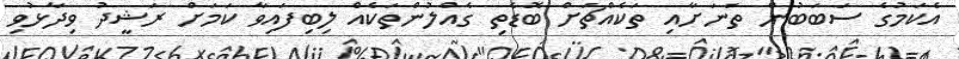
އެކަމުގެ ސަބަބުން ތަނަށާއި ތަކެއްޗަށް ބޮޑެތި ގެއްލުންތަކެއް ލިބިފައިވާ ކަމަށް ރަޝީދު ވިދާޅުވި